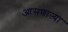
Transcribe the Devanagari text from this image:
आसणाऱ्या